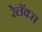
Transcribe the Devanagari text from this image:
रेलॅक्स